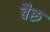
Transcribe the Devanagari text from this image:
बैरु